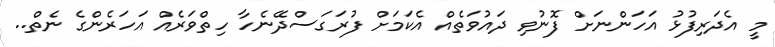
މީ އެދަރިފުޅު އަހަންނަށް ފޮނުވި ދައުވަތެއް އެކަމަށް ފުރަގަސްދޭނެހާ ހިތްވަރެއް އަހަރެންގެ ނެތް..